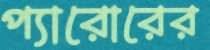
প্যারোরের